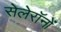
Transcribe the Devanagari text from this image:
सेलेरॉनों